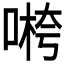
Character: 𱓭